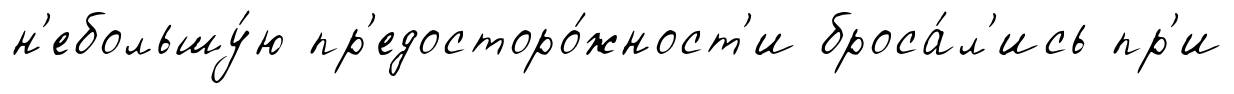
н'ебольшу́ю пр'едосторо́жност'и броса́л'ись пр'и